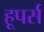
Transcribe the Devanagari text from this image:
हूपर्स